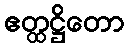
ဧတ္ထဋ္ဌိတော